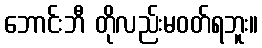
ဘောင်းဘီ တိုလည်းမဝတ်ရဘူး။